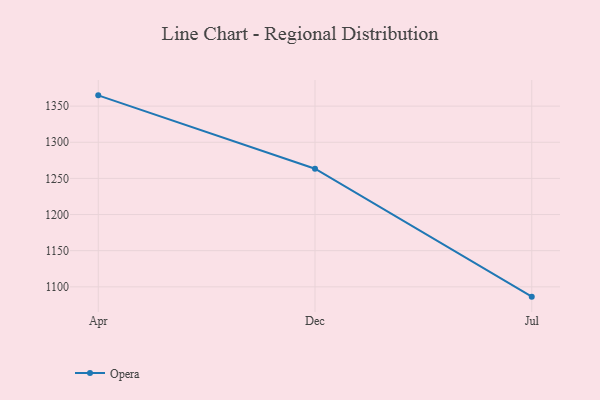
{"axis": {"x": "Month", "y": "Inventory Turnover"}, "legend": ["Opera"], "data": [{"x": "Apr", "y": 1364.9, "type": "Opera"}, {"x": "Dec", "y": 1263.4, "type": "Opera"}, {"x": "Jul", "y": 1086.4, "type": "Opera"}]}